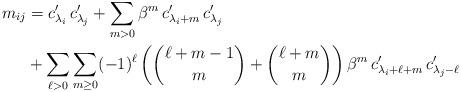
LaTeX: \begin{align*} m_{ij} &= c'_{\lambda_i} \, c'_{\lambda_j} + \sum_{m>0} \beta^m\, c'_{\lambda_i+m}\,c'_{\lambda_j} \\ & + \sum_{\ell>0} \sum_{m\geq 0} (-1)^\ell \left( \binom{\ell+m-1}{m} + \binom{\ell+m}{m} \right) \beta^m \, c'_{\lambda_i+\ell+m}\, c'_{\lambda_j-\ell} \end{align*}